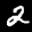
Label: 2